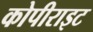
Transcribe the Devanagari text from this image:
कोपीराइट